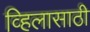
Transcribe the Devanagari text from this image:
व्हिलासाठी